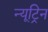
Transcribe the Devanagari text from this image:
न्यूट्रिन